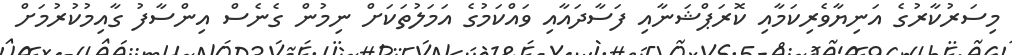
މިސަރުކާރުގެ އަނިޔާވެރިކަމާއި ކޮރަޕްޝަނާއި ފަސާދައާއި ވައްކަމުގެ އަމަލުތަކަށް ނިމުން ގެނެސް އިންސާފު ގާއިމުކުރުމަށް